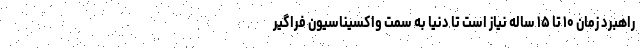
راهبرد زمان ۱۰ تا ۱۵ ساله نیاز است تا دنیا به سمت واکسیناسیون فراگیر